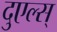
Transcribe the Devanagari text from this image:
दुएल्स्